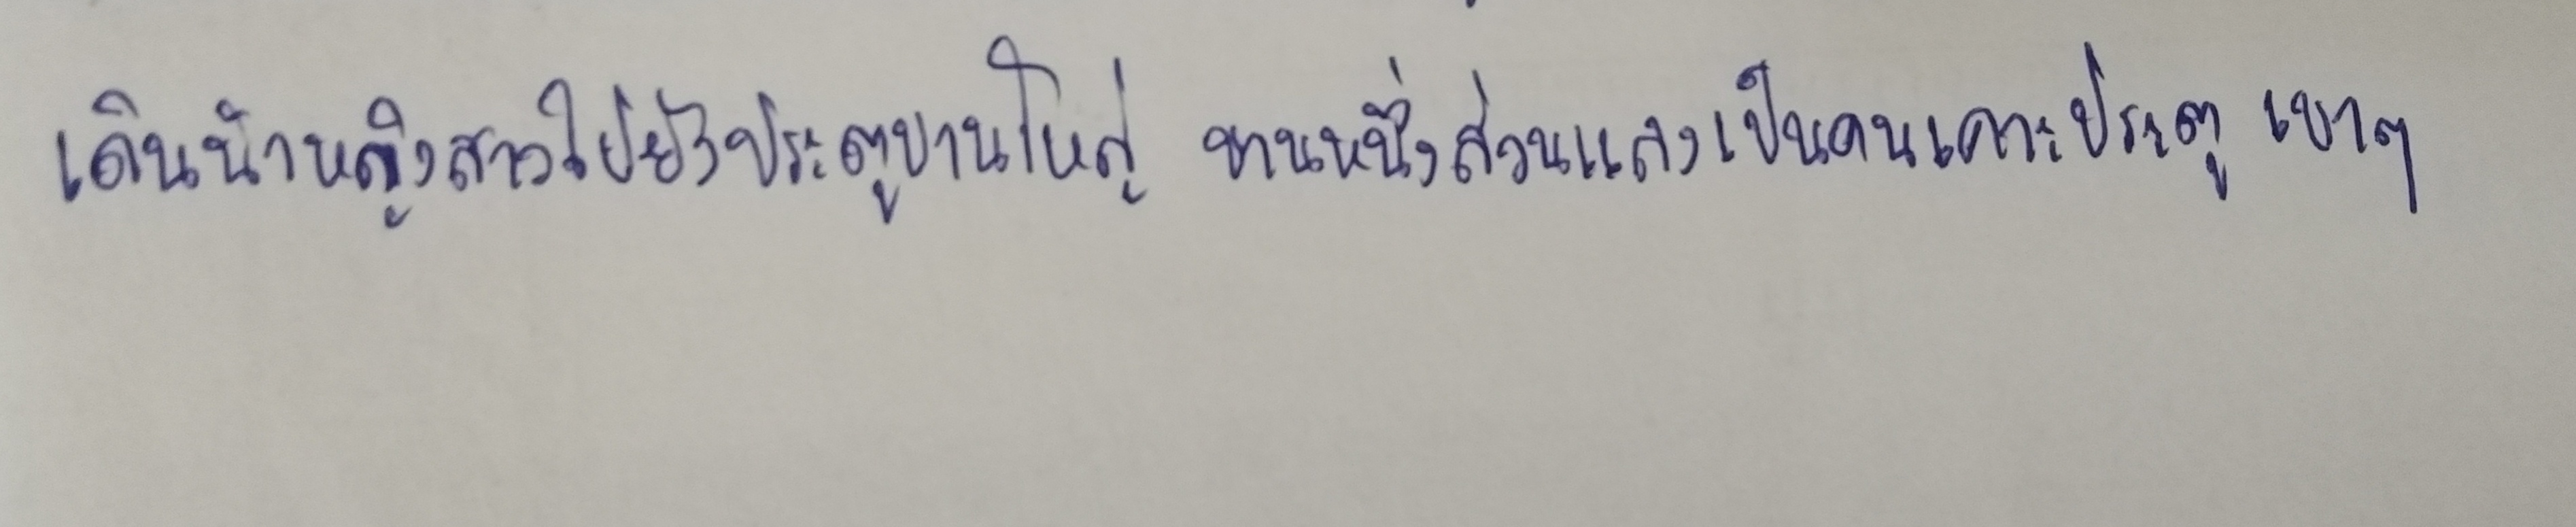
เดินนำหญิงสาวไปยังประตูบานใหญ่บานหนึ่งส่วนแลงเป็นคนเคาะประตูเบาๆ